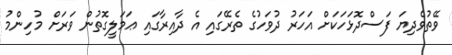
ވޭތުވެދިޔަ ފަސްދޮޅަހަކަށް އަހަރު ދުވަހުގެ ތެރޭގައި އެ ދާއިރާގައި ޢަމަލީގޮތުން ވަރަށް މުހިންމު